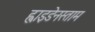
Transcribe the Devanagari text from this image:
ह्वाइडेनस्ताम